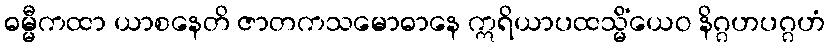
ဓမ္မီကထာ ယာစနေတိ ဇာတကသမောဓာနေ ဣရိယာပထသ္မိံယေဝ နိဂ္ဂဟပဂ္ဂဟံ